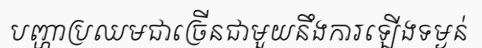
បញ្ហាប្រឈមជាច្រើនជាមួយនឹងការឡើងទម្ងន់